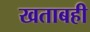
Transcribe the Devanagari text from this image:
खताबही